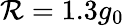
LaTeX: \mathcal{R}=1.3g_{0}